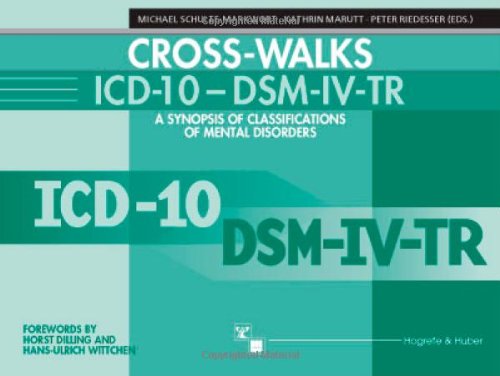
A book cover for ICD-10 - Dsm-IV Cross-Walks: A Synopsis of Classifications of Mental Disorders; Kathrin Marutt; Medical Books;